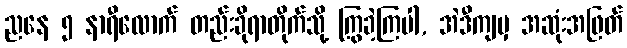
ညနေ ၅ နာရီလောက် တည်းခိုရာတိုက်သို့ ကြွခဲ့ကြပါ, အဲဒီကျမှ အဆုံးအဖြတ်